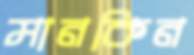
মানকিন